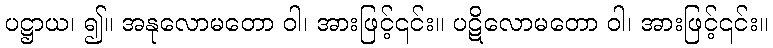
ပဋ္ဌာယ၊ ၍။ အနုလောမတော ဝါ၊ အားဖြင့်၎င်း။ ပဋိလောမတော ဝါ၊ အားဖြင့်၎င်း။